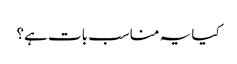
کیا یہ مناسب بات ہے؟